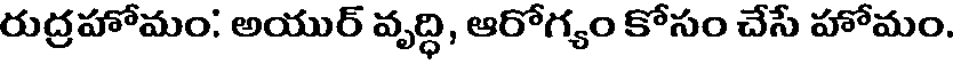
రుద్రహోమం: అయుర్ వృద్ధి, ఆరోగ్యం కోసం చేసే హోమం.